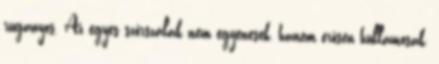
ruganyos. Az egyes szőrszálak nem egyenesek, hanem erősen hullámosak,